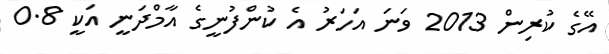
އޭގެ ކުރިން 2013 ވަނަ އަހަރު އެ ކުންފުނީގެ އާމްދަނީ އަކީ 0.8